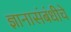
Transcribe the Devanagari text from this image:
ज्ञानासंबंधीचे